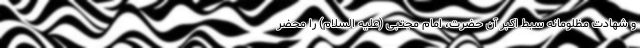
و شهادت مظلومانه سبط اکبر آن حضرت، امام مجتبی (علیه السلام) را محضر